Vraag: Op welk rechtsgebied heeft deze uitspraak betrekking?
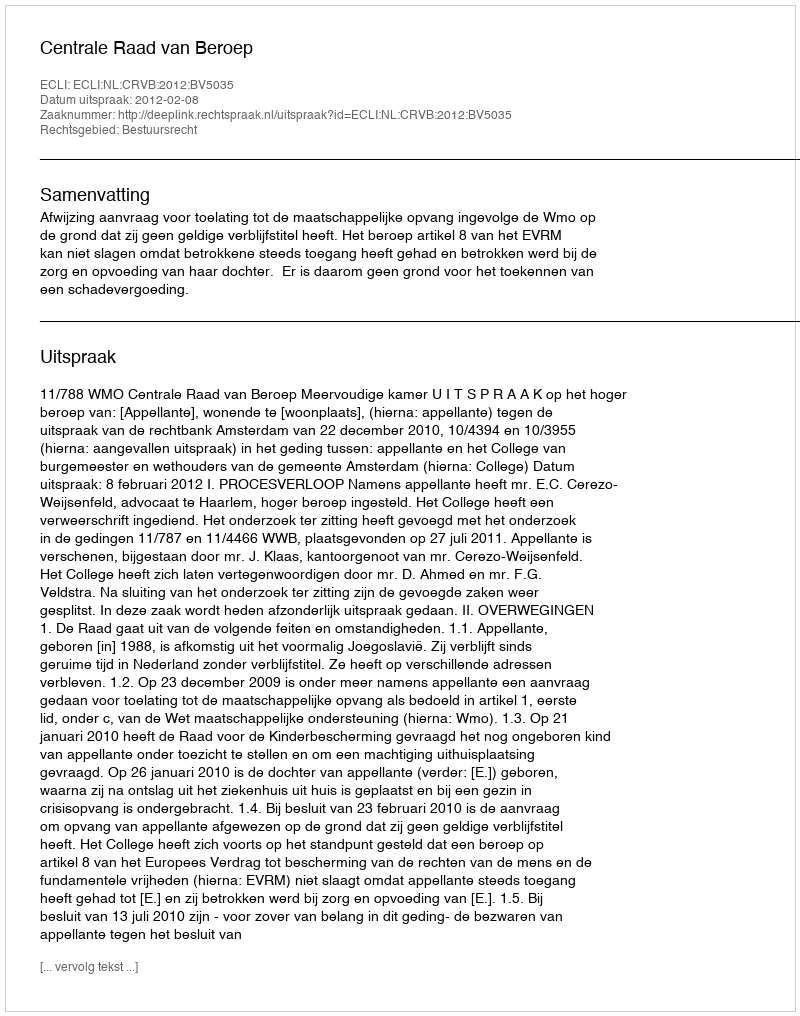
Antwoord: Bestuursrecht